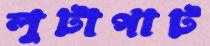
লুটাপাট